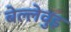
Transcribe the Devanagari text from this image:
बेल्लेवुइ